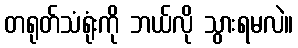
တရုတ်သံရုံးကို ဘယ်လို သွားရမလဲ။